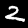
Label: 2